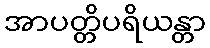
အာပတ္တိပရိယန္တာ